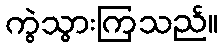
ကွဲသွားကြသည်။